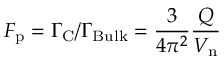
F _ { \mathrm { p } } = \Gamma _ { \mathrm { C } } / \Gamma _ { \mathrm { B u l k } } = \frac { 3 } { 4 \pi ^ { 2 } } \frac { Q } { V _ { \mathrm { n } } }